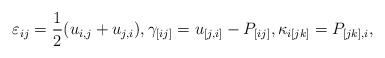
\begin{align*}\varepsilon_{ij}&=\frac{1}{2}(u_{i,j}+u_{j,i}),\gamma_{[ij]}=u_{[j,i]}-P_{[ij]},\kappa_{i[jk]}=P_{[jk],i},\end{align*}